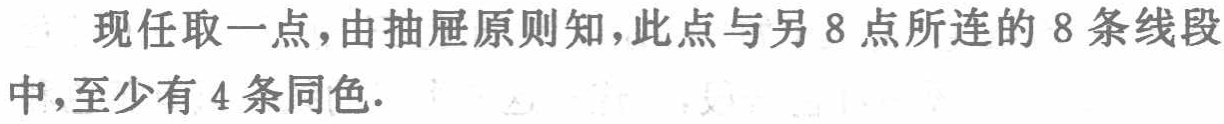
现任取一点，由抽屉原则知，此点与另8点所连的8条线段中，至少有4条同色.